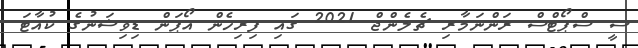
ސީ ސްޕޯޓްސް ރަންނަމާރި ޗެލެންޖް 2021 ގައި ފިރިހެން އޯޕަން ޑިވިޝަނުގެ ކުއާޓަ